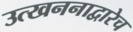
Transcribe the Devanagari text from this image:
उत्खननाद्वारेच